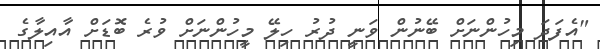
"އެފަދަ މިހުންނަށް ބޭނުން ވަނީ ދުރު ހިލޭ މީހުންނަށް ވުރެ ބޮޑަށް އާއިލާގެ